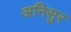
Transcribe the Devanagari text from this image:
अनिसुर